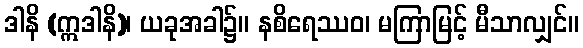
ဒါနိ (ဣဒါနိ)၊ ယခုအခါ၌။ နစိရေဿဝ၊ မကြာမြင့် မီသာလျှင်။